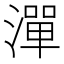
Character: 潬